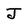
Character: J